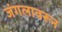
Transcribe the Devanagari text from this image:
जंगलावरून